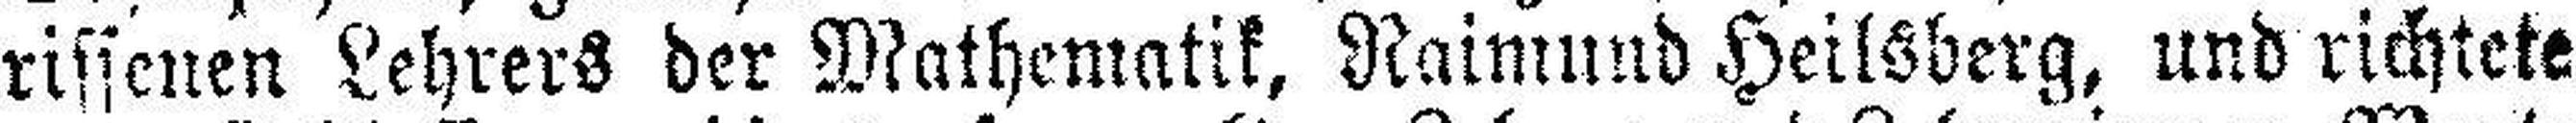
rissenen Lehrers der Mathematik, Raimund Heilsberg, und richtete